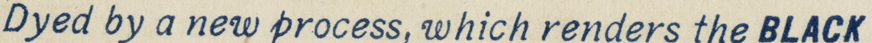
Dyed by a new process, which renders the BLACK